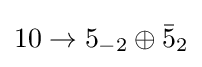
10\rightarrow 5_{-2}\oplus {\bar {5}}_{2}